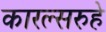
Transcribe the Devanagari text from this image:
कारल्सरुहे